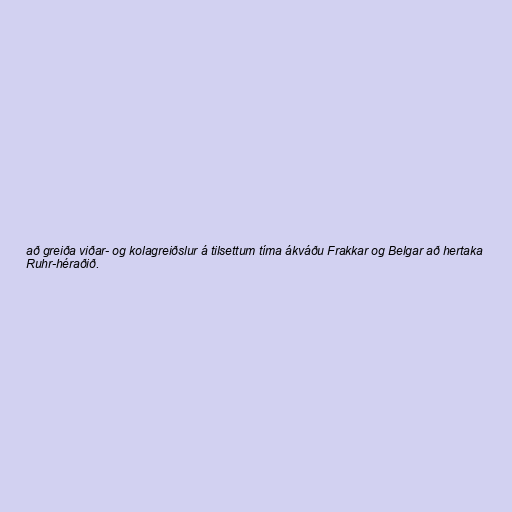
að greiða viðar- og kolagreiðslur á tilsettum tíma ákváðu Frakkar og Belgar að hertaka
Ruhr-héraðið.